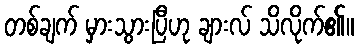
တစ်ချက် မှားသွားပြီဟု ချားလ် သိလိုက်၏။